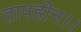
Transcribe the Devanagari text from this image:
तापहीन।।